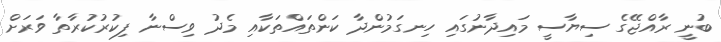
ބުނީ ރާއްޖޭގެ ސިޔާސީ މައިދާނުގައި ހިނގަމުންދާ ކަންތައްތަކާއި މެދު ވިސްނާ ފިކުރުކުރާތާ ވަރަށް